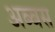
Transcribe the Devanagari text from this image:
अब्बस